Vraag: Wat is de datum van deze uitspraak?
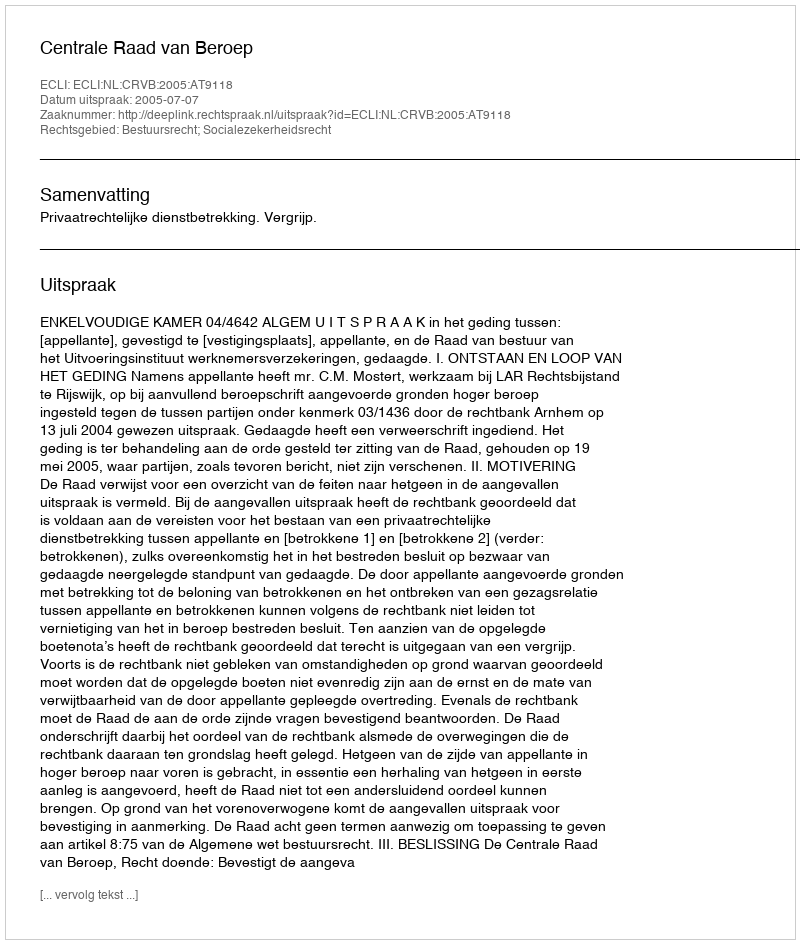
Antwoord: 2005-07-07